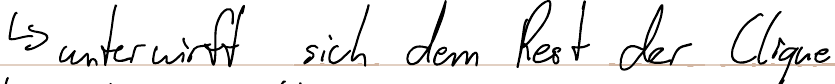
-> unterwirft sich dem Rest der Clique